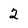
Character: 2